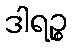
ဒါရဉ္စ